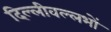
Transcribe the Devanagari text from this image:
दिल्लीवल्लभों